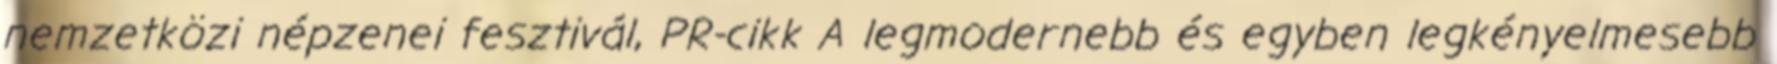
nemzetközi népzenei fesztivál, PR-cikk A legmodernebb és egyben legkényelmesebb